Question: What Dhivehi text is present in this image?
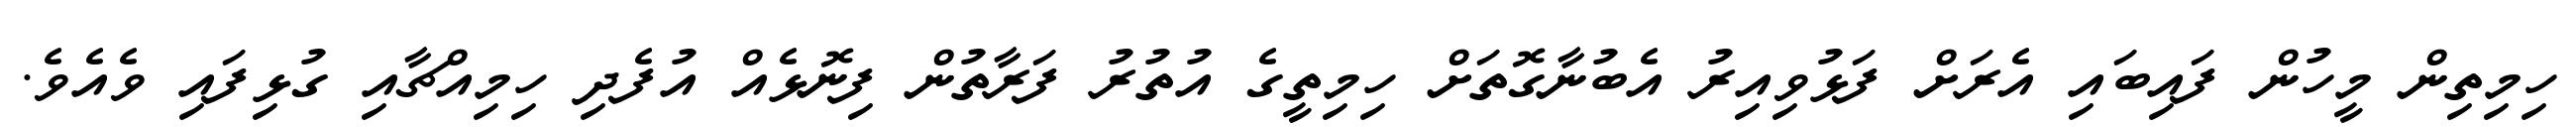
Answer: ހިމިތިން މީހުން ފައިބައި އެރަށް ފަޅުވިއިރު އެބުނާގޮތަށް ހިމިތީގެ އުތުރު ފަރާތުން ފިނޮޅެއް އުފެދި ހިމިއްޗާއި ގުޅިފައި ވެއެވެ.